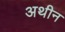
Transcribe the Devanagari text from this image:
अथीन